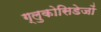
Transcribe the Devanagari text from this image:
ग्लुकोसिडेजों